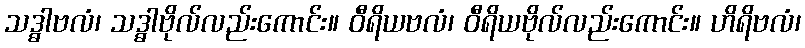
သဒ္ဓါဗလံ၊ သဒ္ဓါဗိုလ်လည်းကောင်း။ ဝီရိယဗလံ၊ ဝီရိယဗိုလ်လည်းကောင်း။ ဟိရိဗလံ၊